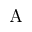
\operatorname { A }